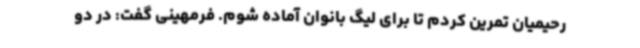
رحیمیان تمرین کردم تا برای لیگ بانوان آماده شوم. فرمهینی گفت: در دو